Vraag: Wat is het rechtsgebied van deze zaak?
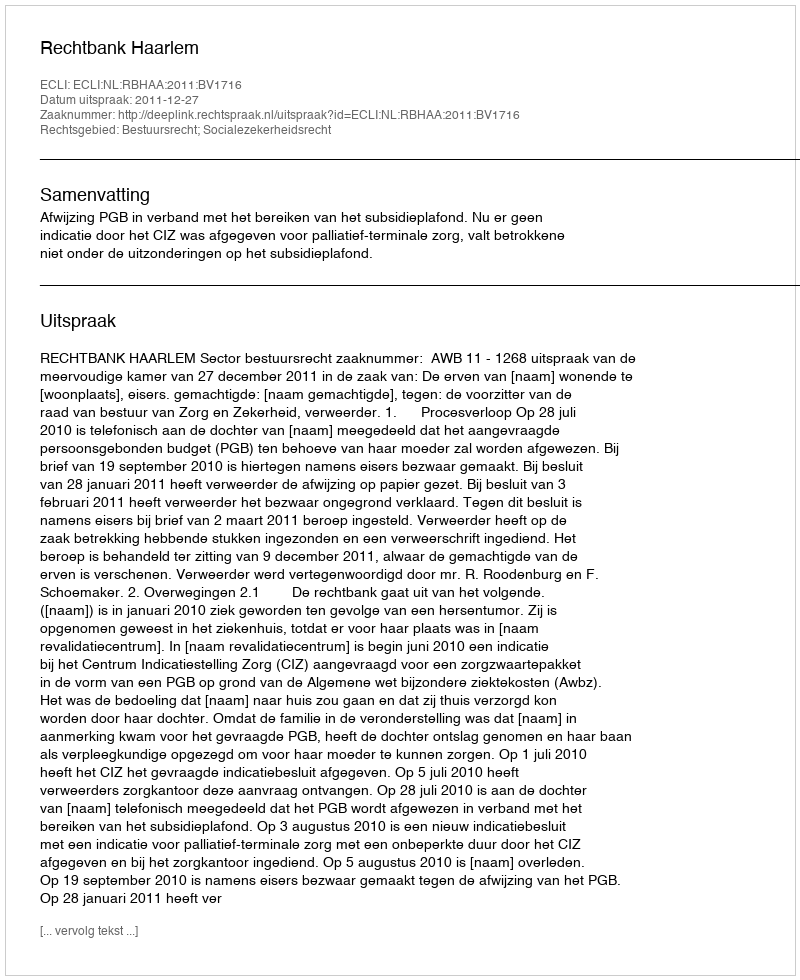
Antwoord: Bestuursrecht; Socialezekerheidsrecht